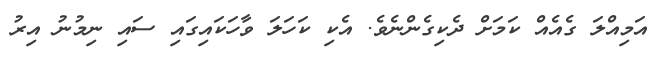
އަމިއްލަ ގެއެއް ކަމަށް ދެކިގެންނެވެ. އެކި ކަހަލަ ވާހަކައިގައި ސައި ނިމުނު އިރު